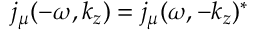
j _ { \mu } ( - \omega , k _ { z } ) = j _ { \mu } ( \omega , - k _ { z } ) ^ { * }